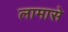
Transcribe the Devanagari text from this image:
लामासे